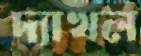
দ্যাখল